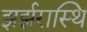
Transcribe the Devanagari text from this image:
झर्झरास्थि